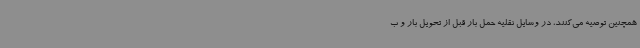
همچنین توصیه می‌کنند، در وسایل نقلیه حمل بار قبل از تحویل بار و ب